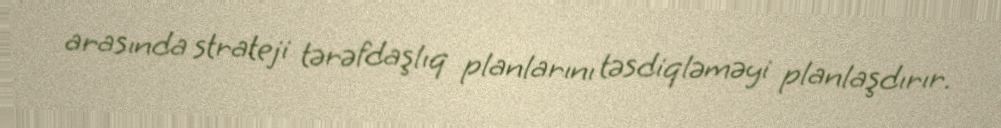
arasında strateji tərəfdaşlıq planlarını təsdiqləməyi planlaşdırır.